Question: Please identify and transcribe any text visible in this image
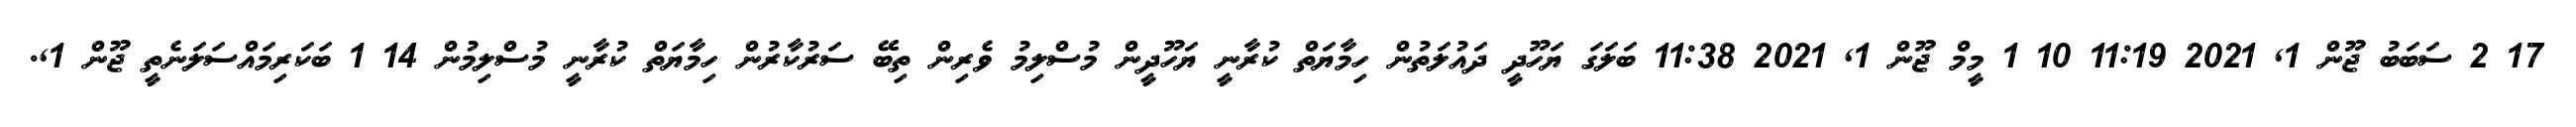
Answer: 17 2 ސަބަބު ޖޫން 1, 2021 11:19 10 1 މީމް ޖޫން 1, 2021 11:38 ބަލަގަ ޔަހޫދީ ދައުލަތުން ހިމާޔަތް ކުރާނީ ޔަހޫދީން މުސްލިމު ވެރިން ތިބޭ ސަރުކާރުން ހިމާޔަތް ކުރާނީ މުސްލިމުން 14 1 ބަކަރިމައްސަލަނެތީ ޖޫން 1,.